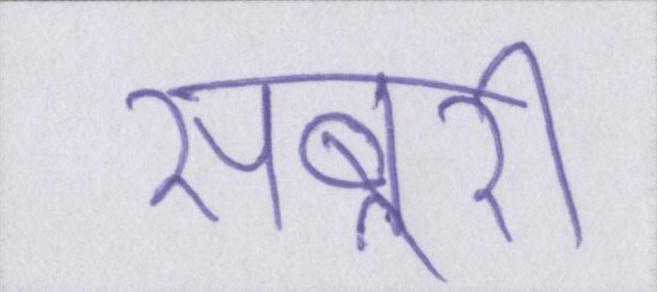
सबूरी